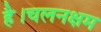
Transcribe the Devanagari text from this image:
है।चलनक्षम